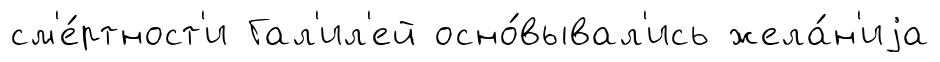
см'е́ртност'и Гал'ил'ей осно́вывал'ись жела́н'иjа